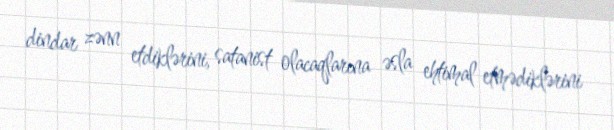
dindar zənn etdiklərini, satanist olacaqlarına əsla ehtimal etmədiklərini